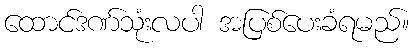
ထောင်ဒဏ်သုံးလပါ အပြစ်ပေးခံရမည်။